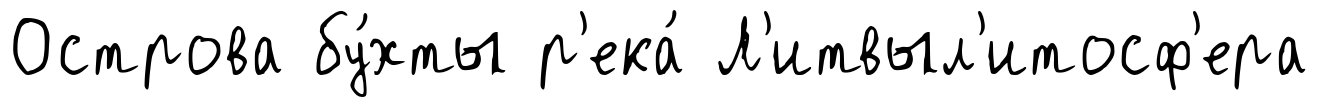
Острова бу́хты р'ека́ Л'итвыл'итосф'ера